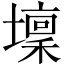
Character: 壈